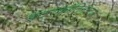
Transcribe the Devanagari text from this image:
इंटरकाँटिनेन्टल